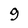
Character: 9